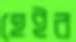
হেইর